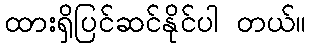
ထားရှိပြင်ဆင်နိုင်ပါ တယ်။